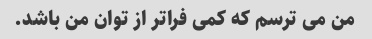
من می ترسم که کمی فراتر از توان من باشد.